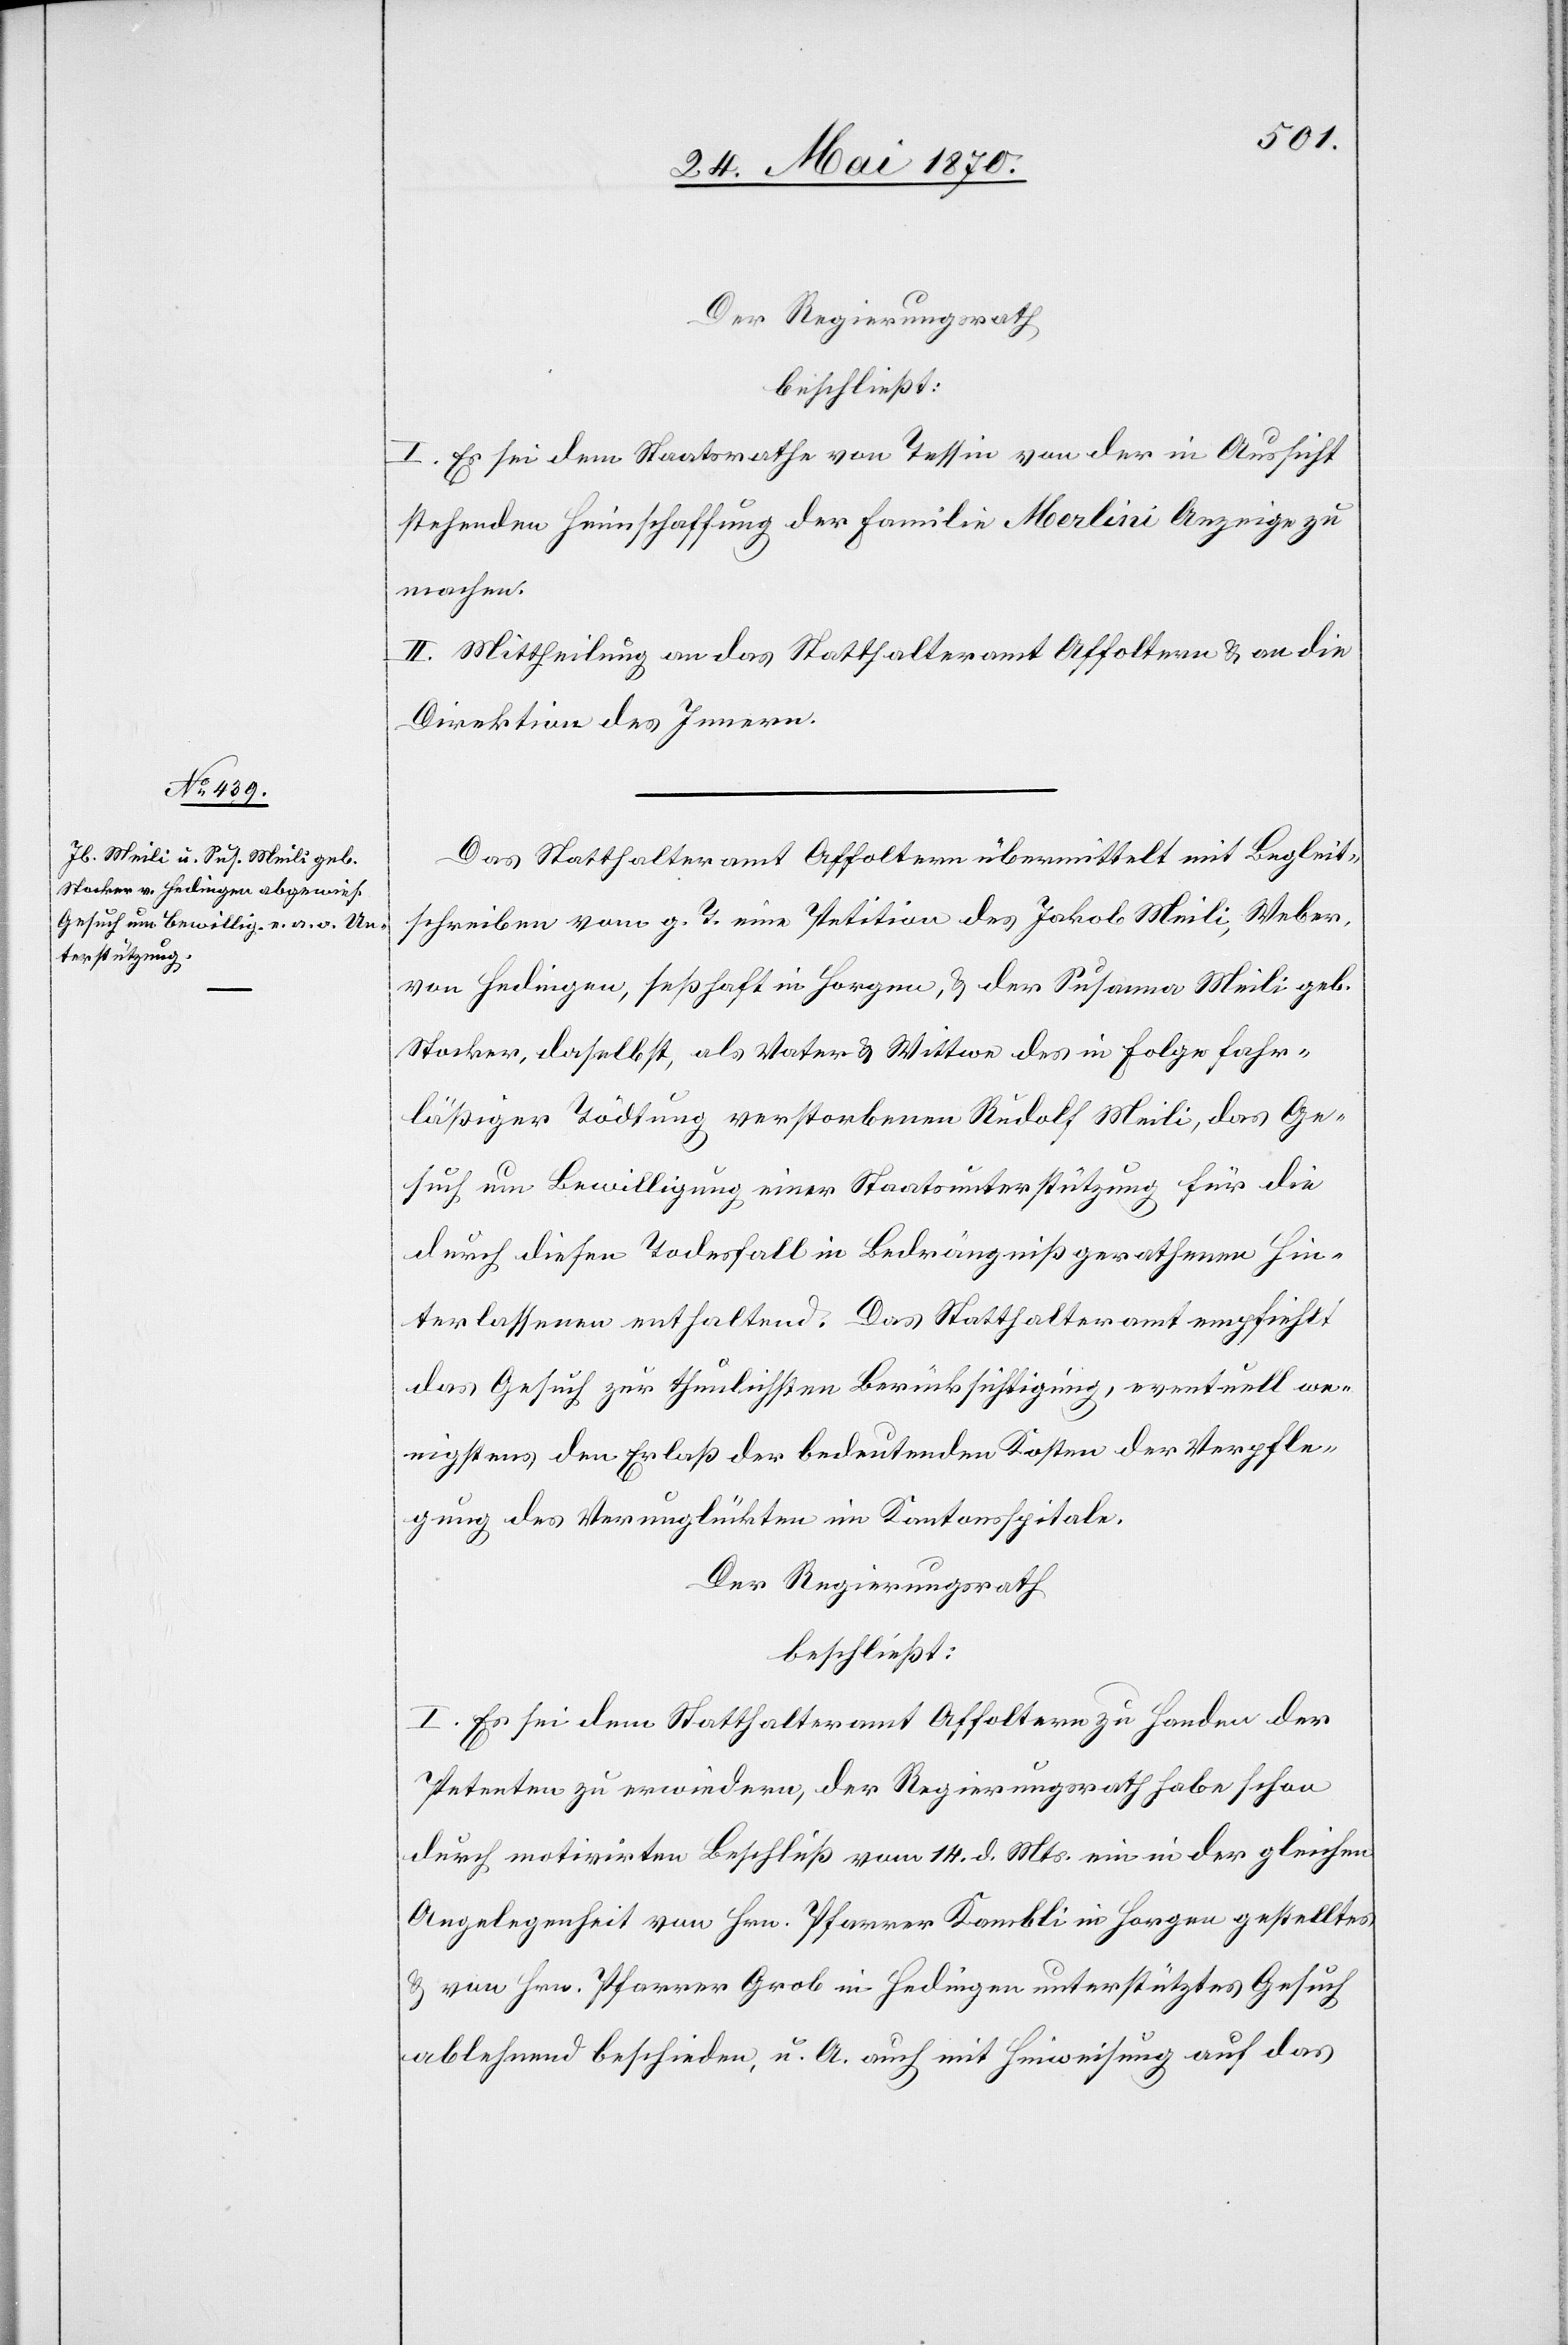
Der Regierungsrath
beschließt:
I. Es sei dem Staatsrathe von Tessin von der in Aussicht
stehenden Heimschaffung der Familie Merlini Anzeige zu
machen.
II. Mittheilung an das Statthalteramt Affoltern & an die
Direktion des Innern.
Das Statthalteramt Affoltern übermittelt mit Begleit¬
schreiben vom g. T. eine Petition des Jakob Meili, Weber,
von Hedingen, seßhaft in Horgen, & der Susanna Meili geb.
Stocker, daselbst, als Vater & Wittwe des in Folge fahr¬
läßiger Tödtung verstorbenen Rudolf Meili, das Ge¬
such um Bewilligung einer Staatsunterstützung für die
durch diesen Todesfall in Bedrängniß gerathenen Hin¬
terlassenen enthaltend. Das Statthalteramt empfiehlt
das Gesuch zur thunlichsten Berücksichtigung, eventuell we¬
nigstens den Erlaß der bedeutenden Kosten der Verpfle¬
gung des Verunglü[c]kten im Kantonsspital.
Der Regierungsrath
beschließt:
I. Es sei dem Statthalteramt Affoltern zu Handen der
Petenten zu erwiedern, der Regierungsrath habe schon
durch motivirten Beschluß vom 14. d. Mts. ein in der gleichen
Angelegenheit von Hrn. Pfarrer Kambli in Horgen gestelltes
& von Hrn. Pfarrer Grob in Hedingen unterstütztes Gesuch
ablehnend beschieden, u. A. auch mit Hinweisung auf das